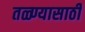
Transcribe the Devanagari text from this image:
तळ्ण्यासाठी